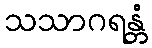
သသာဂရန္တံ